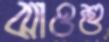
ঝাওশু